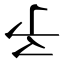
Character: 𠄔